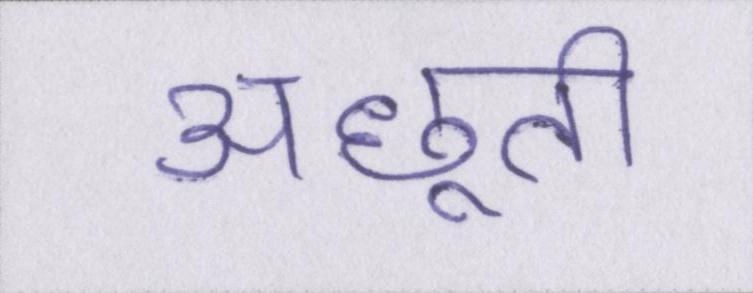
अछूती